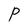
Character: P